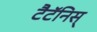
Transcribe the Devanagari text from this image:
टैटॅनिस्